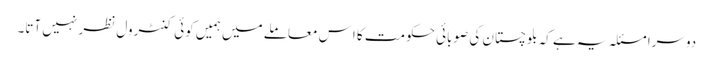
دوسرا مسئلہ یہ ہے کہ بلوچستان کی صوبائی حکومت کا اِس معاملے میں ہمیں کوئی کنٹرول نظر نہیں آتا۔